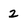
Character: 2